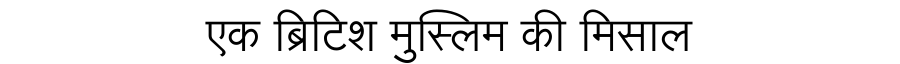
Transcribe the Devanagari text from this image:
एक ब्रिटिश मुस्लिम की मिसाल